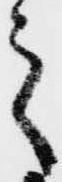
之